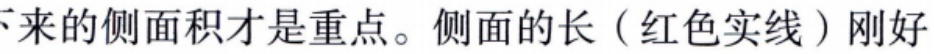
下来的侧面积才是重点。侧面的长（红色实线）刚好